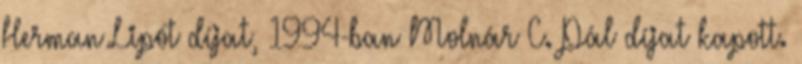
Herman Lipót díjat, 1994-ban Molnár C. Pál díjat kapott.